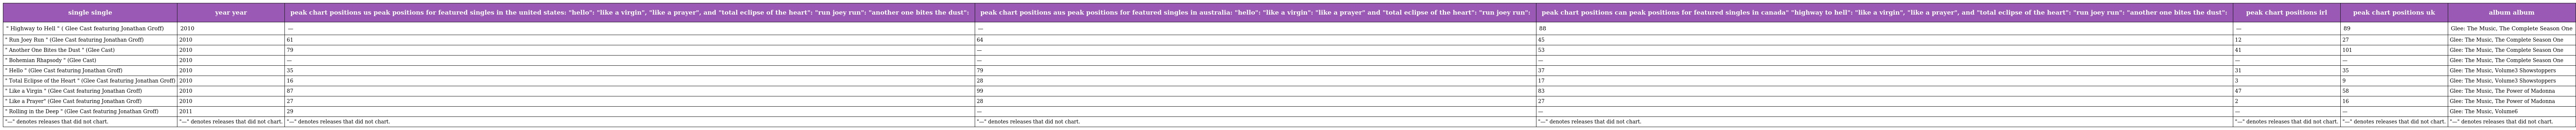
| single single | year year | peak chart positions us peak positions for featured singles in the united states: "hello": "like a virgin", "like a prayer", and "total eclipse of the heart": "run joey run": "another one bites the dust": | peak chart positions aus peak positions for featured singles in australia: "hello": "like a virgin": "like a prayer" and "total eclipse of the heart": "run joey run": | peak chart positions can peak positions for featured singles in canada" "highway to hell": "like a virgin", "like a prayer", and "total eclipse of the heart": "run joey run": "another one bites the dust": | peak chart positions irl | peak chart positions uk | album album |
 | --- | --- | --- | --- | --- | --- | --- | --- |
 | " Highway to Hell " ( Glee Cast featuring Jonathan Groff) | 2010 | — | — | 88 | — | 89 | Glee: The Music, The Complete Season One |
 | " Run Joey Run " (Glee Cast featuring Jonathan Groff) | 2010 | 61 | 64 | 45 | 12 | 27 | Glee: The Music, The Complete Season One |
 | " Another One Bites the Dust " (Glee Cast) | 2010 | 79 | — | 53 | 41 | 101 | Glee: The Music, The Complete Season One |
 | " Bohemian Rhapsody " (Glee Cast) | 2010 | — | — | — | — | — | Glee: The Music, The Complete Season One |
 | " Hello " (Glee Cast featuring Jonathan Groff) | 2010 | 35 | 79 | 37 | 31 | 35 | Glee: The Music, Volume3 Showstoppers |
 | " Total Eclipse of the Heart " (Glee Cast featuring Jonathan Groff) | 2010 | 16 | 28 | 17 | 3 | 9 | Glee: The Music, Volume3 Showstoppers |
 | " Like a Virgin " (Glee Cast featuring Jonathan Groff) | 2010 | 87 | 99 | 83 | 47 | 58 | Glee: The Music, The Power of Madonna |
 | " Like a Prayer" (Glee Cast featuring Jonathan Groff) | 2010 | 27 | 28 | 27 | 2 | 16 | Glee: The Music, The Power of Madonna |
 | " Rolling in the Deep " (Glee Cast featuring Jonathan Groff) | 2011 | 29 | — | — | — | — | Glee: The Music, Volume6 |
 | "—" denotes releases that did not chart. | "—" denotes releases that did not chart. | "—" denotes releases that did not chart. | "—" denotes releases that did not chart. | "—" denotes releases that did not chart. | "—" denotes releases that did not chart. | "—" denotes releases that did not chart. | "—" denotes releases that did not chart. |